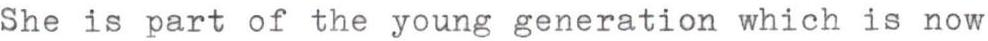
She is part of the young generation which is now